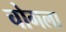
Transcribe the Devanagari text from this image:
चोगला